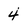
Character: 4